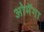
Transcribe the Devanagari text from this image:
ओमॅगा